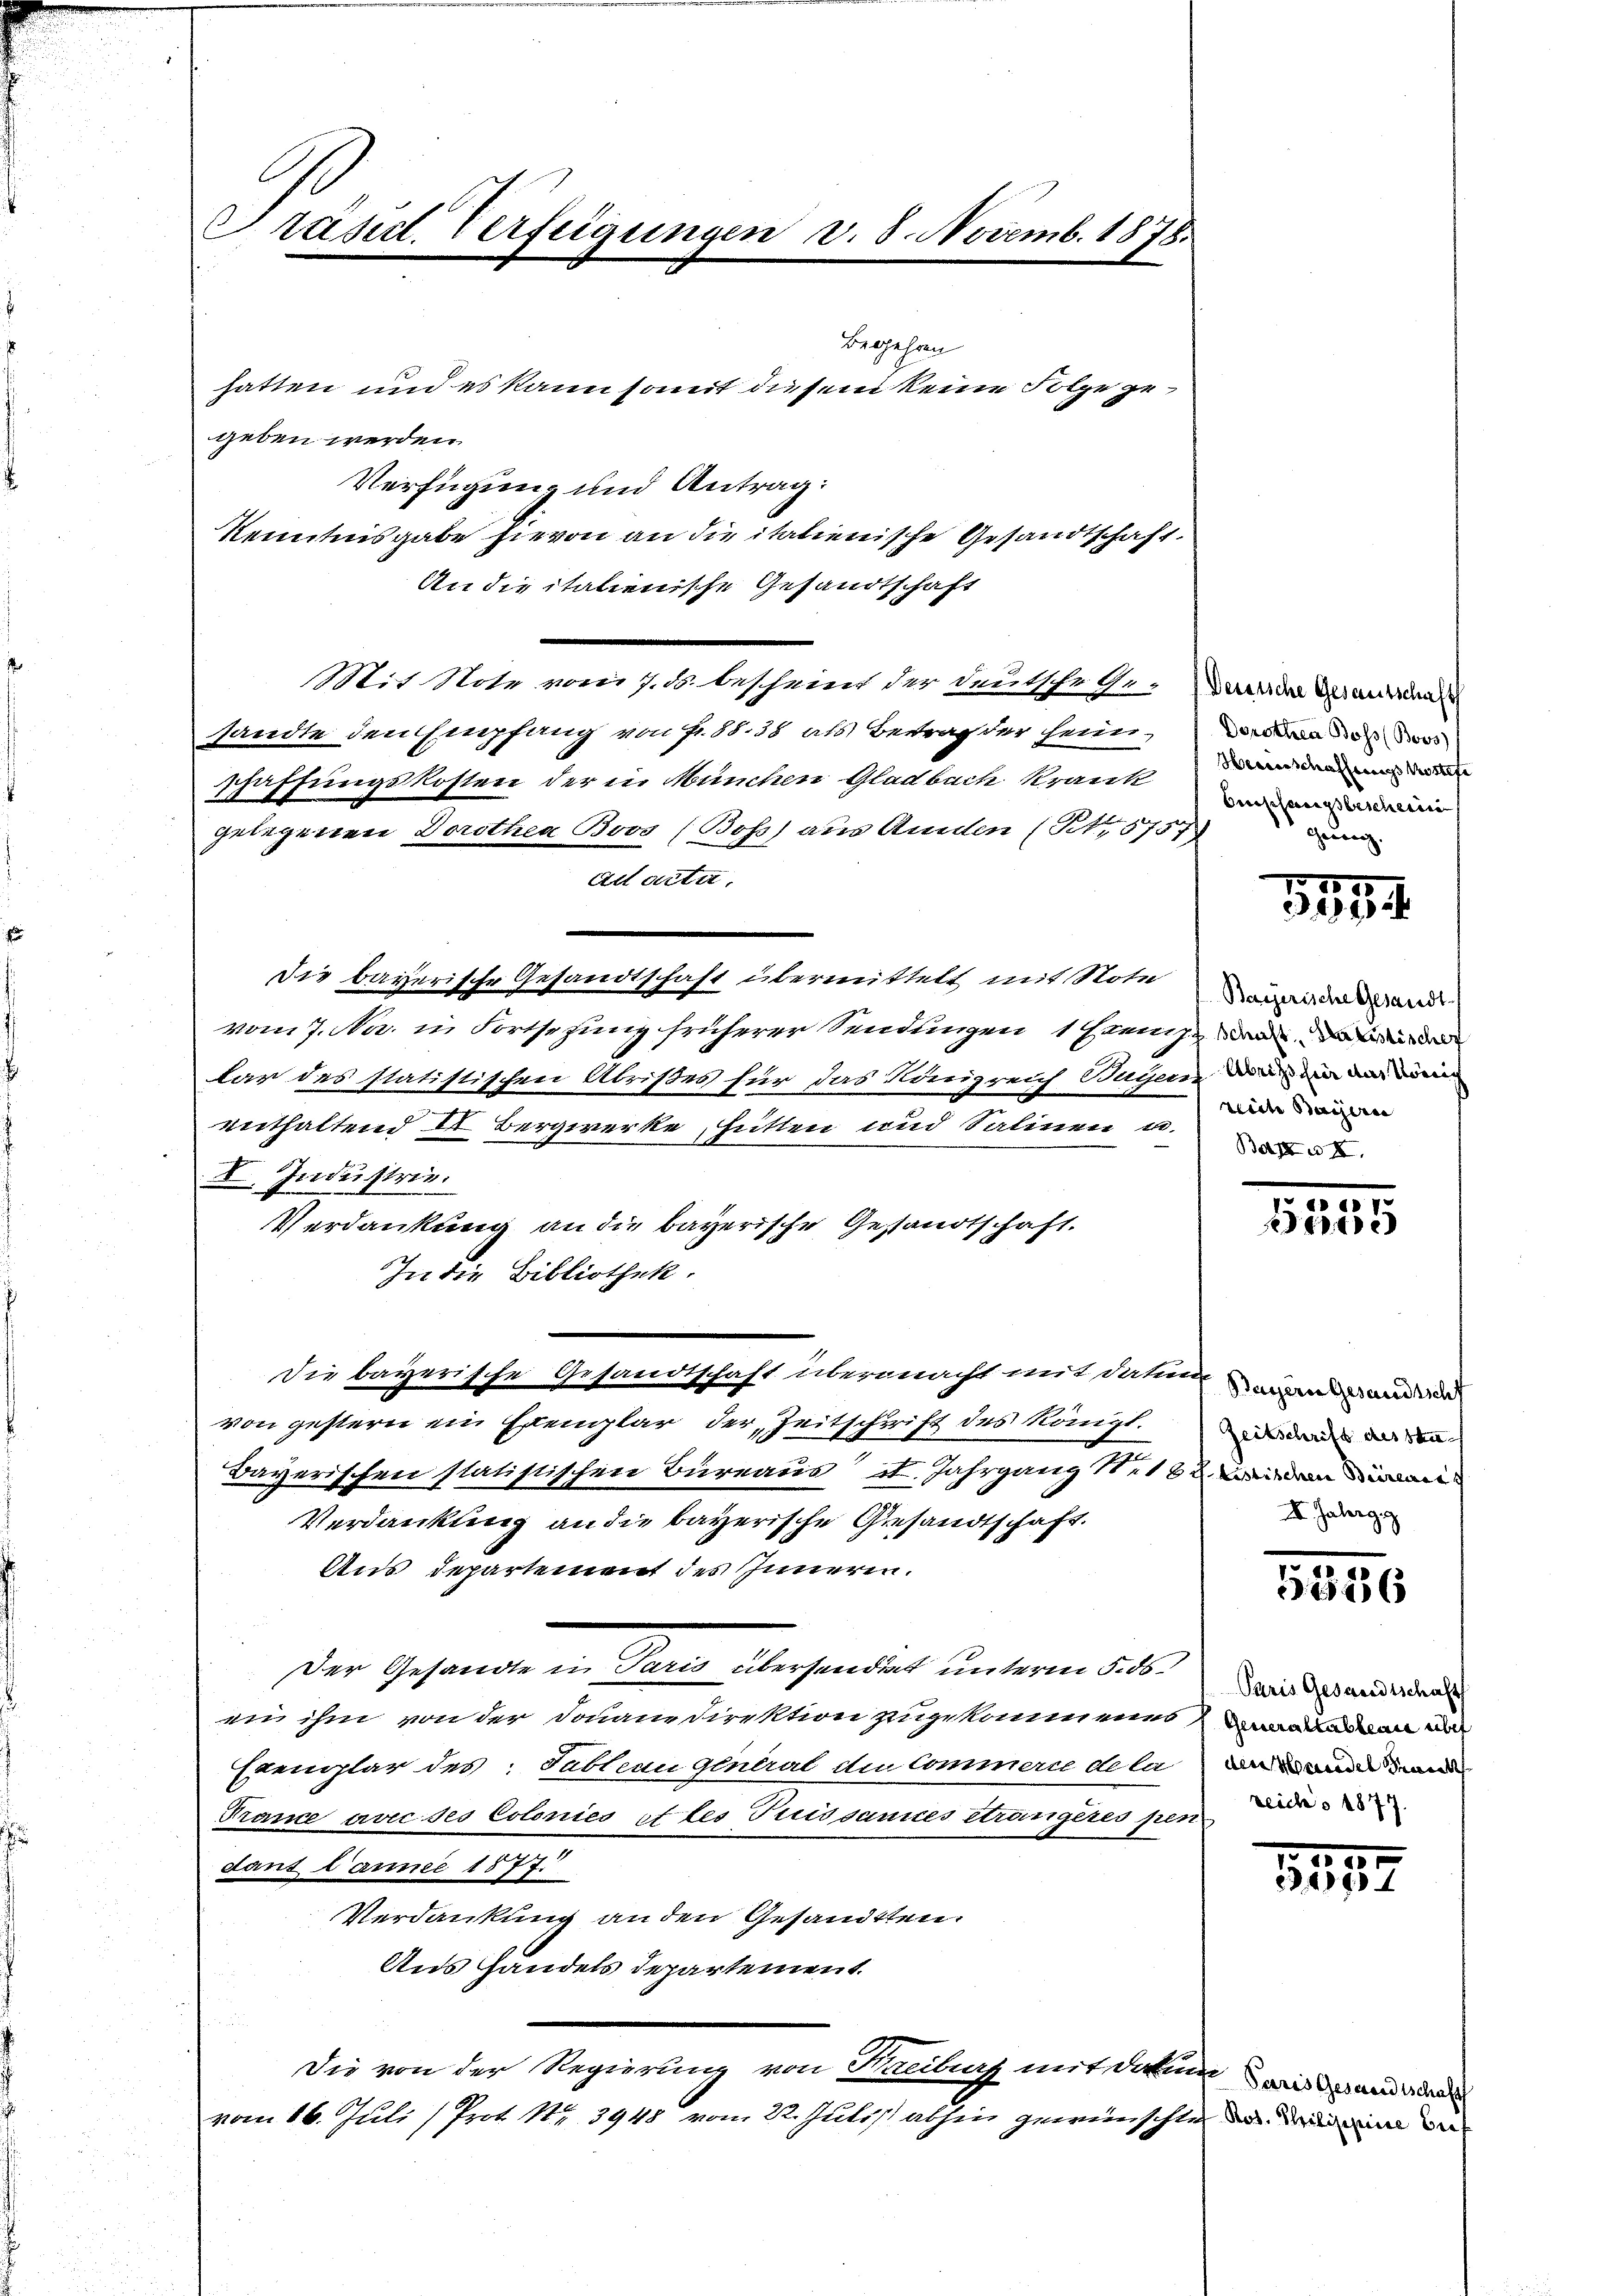
Präsid. Verfügungen v. 8. Novemb. 1878.
Begehren
hatten und es kann somit diesem keine Folge gegeben werden.

Verfügung und Antrag:
Kenntnisgabe hievon an die italienische Gesandtschaft.
An die italienische Gesandtschaft
Mir Note vom 7. ds. bescheint der Deutschehe. Dader Gemden
sandte den Empfang von fr. 8838 als betracter heim, da das wo
schaffungskosten der in München Gladbach Kranke
gelegenen Dorothea Boos (Boss aus Amden (S. 5757
Ad acte,
Die bayerische Gesandtschaft übermittelt, mit Note einer das ande
vom 7. Na, in Fortsezung früherer Sendungen 1 Haenzwa
lar des statistischen Abristes für das Königreich Bayern in den
enthaltend II. Bergwerke, hütten und Salinen u.
I. Industrie.
Verdankung an die bayerische Gestandtschaft.
In die Bibliothek.
die bayerische Gesandtschaft übermacht mit datum wird ande
von gestern ein Exemplar der Zeitschrift des Königl. der den
Bayerischen statistischen Büreaus d. Jahrgang 111 62, inden an
Verdankung an die bayerische Gesandtschaft.
Aus Departement des Inneren.
Der Gesandte in Paris überhandert unterm 23.
ein ihm von der Douanedirektion zugekommenes anden be
Exemplar des Sableau genual die Commern de la der Wanderwand
Tance avec ses Colonies et les Puissances eträngeressen der
dans Tanner 1877.
Verdankung an den Gesandtten.
Aus Handels departement.
Die von der Regierung von Kaeiburg mit darum eidandider
vom 16. Juli (Prot Nr. 3948 vom 22. Juli abhin gewünschte nur in de

Empfangsbescheine
gennen.

1884

reiche Baiern

.
1853

I. Jahrge

526

Paris Gesandtschaft

.
1537